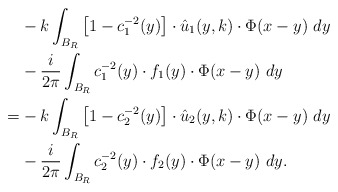
\begin{align*}&-k\int_{B_R}\left[1-c_1^{-2}(y)\right]\cdot \hat{u}_1(y, k)\cdot\Phi(x-y)\ dy\\& -\frac{i}{2\pi}\int_{B_R} c_1^{-2}(y)\cdot f_1(y)\cdot \Phi(x-y)\ dy\\=&-k\int_{B_R}\left[1-c_2^{-2}(y)\right]\cdot \hat{u}_2(y, k)\cdot\Phi(x-y)\ dy\\& -\frac{i}{2\pi}\int_{B_R} c_2^{-2}(y)\cdot f_2(y)\cdot \Phi(x-y)\ dy.\end{align*}